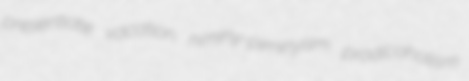
presentiate vacation niminy-piminyism proalcoholism